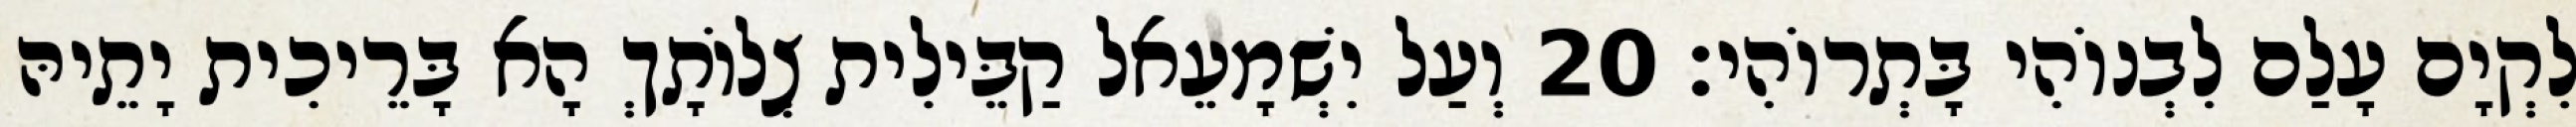
לִקְיָם עָלַם לִבְנוֹהִי בָּתְרוֹהִי׃ 20 וְעַל יִשְׁמָעֵאל קַבֵּילִית צְלוֹתָךְ הָא בָּרֵיכִית יָתֵיהּ